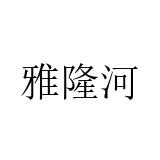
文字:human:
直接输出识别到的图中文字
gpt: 雅隆河